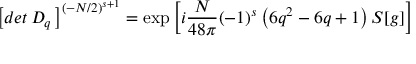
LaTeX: \left[ d e t \, D _ { q } \, \right] ^ { ( - N / 2 ) ^ { s + 1 } } = \exp \left[ i { \frac { N } { 4 8 \pi } } ( - 1 ) ^ { s } \left( 6 q ^ { 2 } - 6 q + 1 \right) S [ g ] \right]